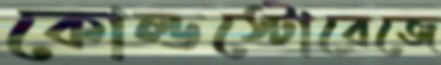
কোল্ডস্টোরেজে